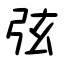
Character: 弦